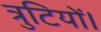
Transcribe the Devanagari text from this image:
त्रुटियों।